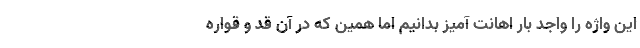
این واژه را واجد بار اهانت آمیز بدانیم اما همین که در آن قد و قواره